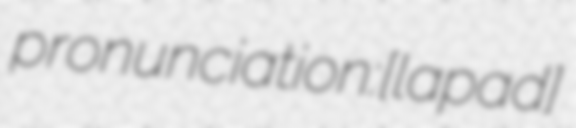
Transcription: pronunciation: [lapʁad]